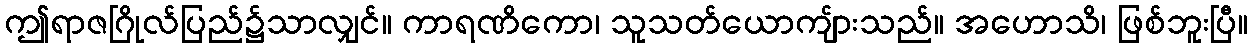
ဤရာဇဂြိုလ်ပြည်၌သာလျှင်။ ကာရဏိကော၊ သူသတ်ယောကျ်ားသည်။ အဟောသိ၊ ဖြစ်ဘူးပြီ။